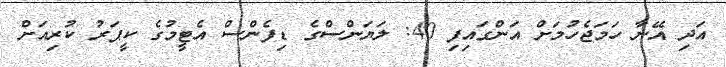
އަދި އޭނާ ހަމަޖެހުމަށް އަންގައިފި 40: ލަޔަންސްގެ ޑިފެންސް އެޓީމުގެ ކީޕަރު ކުރިއަށް